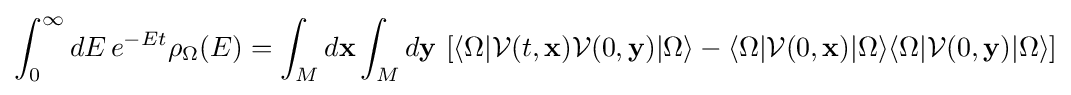
\int _{0}^{\infty }dE\,e^{-Et}\rho _{\Omega }(E)=\int _{M}d{\mathbf {x} }\int _{M}d{\mathbf {y} }\,\left[\langle \Omega |{\mathcal {V}}(t,\mathbf {x} ){\mathcal {V}}(0,\mathbf {y} )|\Omega \rangle -\langle \Omega |{\mathcal {V}}(0,\mathbf {x} )|\Omega \rangle \langle \Omega |{\mathcal {V}}(0,\mathbf {y} )|\Omega \rangle \right]